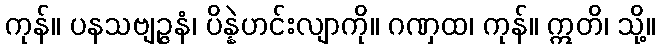
ကုန်။ ပနသဗျဉ္ဇနံ၊ ပိန္နဲဟင်းလျာကို။ ဂဏှထ၊ ကုန်။ ဣတိ၊ သို့။